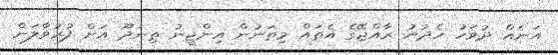
އަނެއް ދުވަހު ހެދުނު ރާއްޖޭގެ އެތައް މިތަނުން އިންޖީނު ތިނަދޫ އަށް ފުރުވާލަން